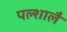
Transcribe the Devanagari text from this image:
पल्शालै